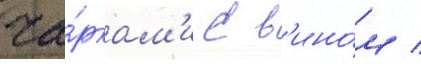
ча́ркам'и с в'ино́м /